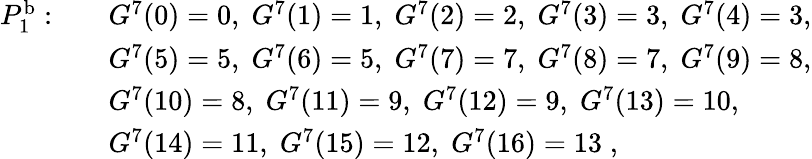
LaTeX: \begin{array}{rl}{P_{1}^{\mathrm{b}}:\quad}&{G^{7}(0)=0,\; G^{7}(1)=1,\; G^{7}(2)=2,\; G^{7}(3)=3,\; G^{7}(4)=3,}\\ &{G^{7}(5)=5,\; G^{7}(6)=5,\; G^{7}(7)=7,\; G^{7}(8)=7,\; G^{7}(9)=8,}\\ &{G^{7}(10)=8,\; G^{7}(11)=9,\; G^{7}(12)=9,\; G^{7}(13)=10,}\\ &{G^{7}(14)=11,\; G^{7}(15)=12,\; G^{7}(16)=13\; ,}\end{array}